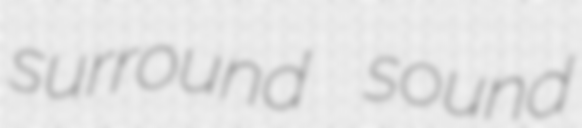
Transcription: surround sound